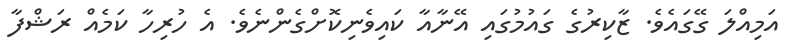
އަމިއްލަ ގޭގައެވެ. ޒާކިރުގެ ގައުމުގައި އޭނާއާ ކައިވެނިކޮށްގެންނެވެ. އެ ހުރިހާ ކަމެއް ރަޝްފާ